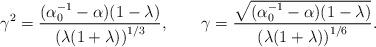
LaTeX: \begin{align*}\gamma^{2}=\frac{(\alpha_{0}^{-1}-\alpha)(1-\lambda)}{\left(\lambda(1+\lambda)\right)^{1/3}},\qquad\gamma=\frac{\sqrt{(\alpha_{0}^{-1}-\alpha)(1-\lambda)}}{\left(\lambda(1+\lambda)\right)^{1/6}}.\end{align*}